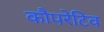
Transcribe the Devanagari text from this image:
कौपरेटिव